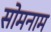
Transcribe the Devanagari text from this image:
सोमनाम